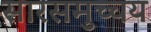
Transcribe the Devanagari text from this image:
सारसमुच्चय